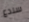
سندع